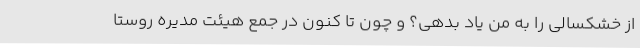
از خشکسالی را به من یاد بدهی؟ و چون تا کنون در جمع هیئت مدیره روستا